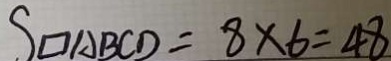
S _ { \square A B C D } = 8 \times 6 = 4 8